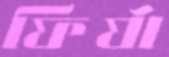
ফির্যা